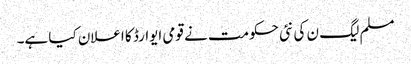
مسلم لیگ ن کی نئی حکومت نے قومی ایوارڈ کا اعلان کیا ہے۔